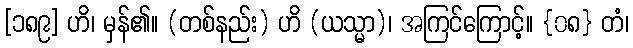
[၁၈၉] ဟိ၊ မှန်၏။ (တစ်နည်း) ဟိ (ယသ္မာ)၊ အကြင်ကြောင့်။ {၀၈} တံ၊